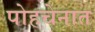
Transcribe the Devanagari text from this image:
पोहचेनात